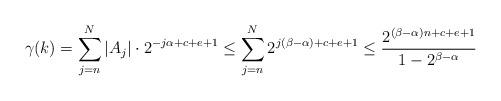
LaTeX: \begin{align*}\gamma(k) = \sum_{j=n}^N |A_j| \cdot 2^{-j\alpha + c + e +1 } \leq \sum_{j=n}^N 2^{j(\beta-\alpha) + c+ e + 1} \leq \frac{2^{(\beta-\alpha) n + c+ e + 1}}{1-2^{\beta-\alpha}}\end{align*}